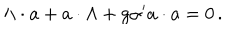
\Lambda \cdot a + a \cdot \Lambda + g { \alpha ^ { \prime } } a \cdot a = 0 \, .